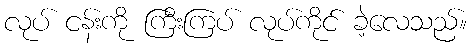
လုပ် ငန်းကို ကြီးကြပ် လုပ်ကိုင် ခဲ့လေသည်။